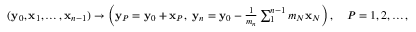
\begin{array} { r } { ( { \bf y } _ { 0 } , { \bf x } _ { 1 } , \ldots , { \bf x } _ { n - 1 } ) \rightarrow \left( { \bf y } _ { P } = { \bf y } _ { 0 } + { \bf x } _ { P } , ~ { \bf y } _ { n } = { \bf y } _ { 0 } - \frac { 1 } { m _ { n } } \sum _ { 1 } ^ { n - 1 } m _ { N } { \bf x } _ { N } \right) , \quad P = 1 , 2 , \ldots , n - 1 . } \end{array}